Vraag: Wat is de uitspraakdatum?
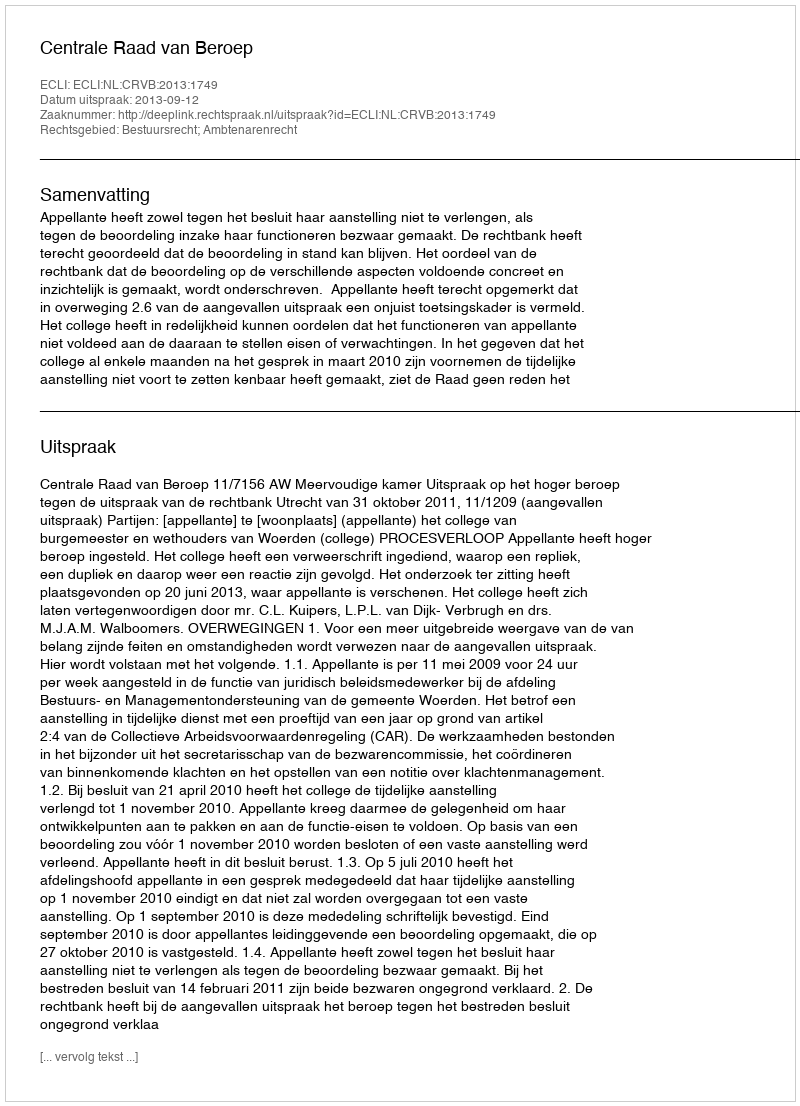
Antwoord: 2013-09-12